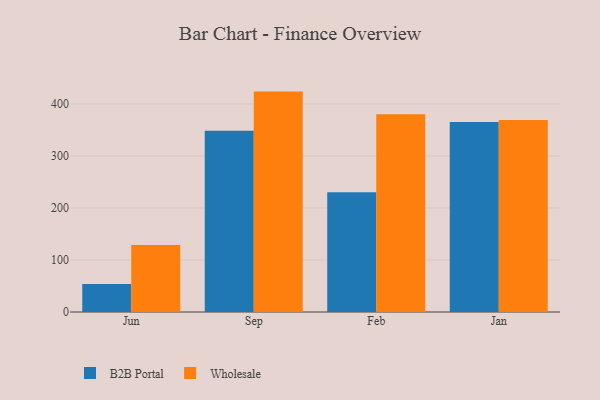
{"axis": {"x": "Month", "y": "Operating Costs (USD K)"}, "legend": ["B2B Portal", "Wholesale"], "data": [{"x": "Jun", "y": 53.8, "type": "B2B Portal"}, {"x": "Jun", "y": 129.0, "type": "Wholesale"}, {"x": "Sep", "y": 348.2, "type": "B2B Portal"}, {"x": "Sep", "y": 423.7, "type": "Wholesale"}, {"x": "Feb", "y": 230.3, "type": "B2B Portal"}, {"x": "Feb", "y": 380.1, "type": "Wholesale"}, {"x": "Jan", "y": 365.3, "type": "B2B Portal"}, {"x": "Jan", "y": 368.9, "type": "Wholesale"}]}